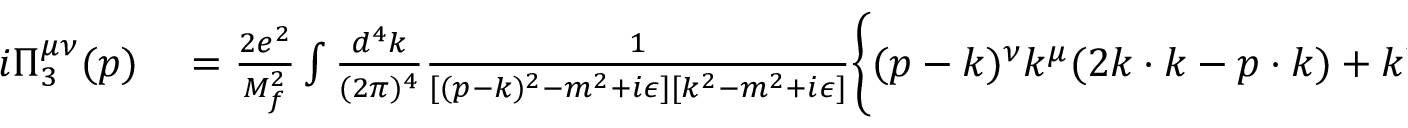
\begin{array} { r l } { i \Pi _ { 3 } ^ { \mu \nu } ( p ) } & { { } = \frac { 2 e ^ { 2 } } { M _ { f } ^ { 2 } } \int \frac { d ^ { 4 } k } { ( 2 \pi ) ^ { 4 } } \frac { 1 } { [ ( p - k ) ^ { 2 } - m ^ { 2 } + i \epsilon ] [ k ^ { 2 } - m ^ { 2 } + i \epsilon ] } \biggl \{ ( p - k ) ^ { \nu } k ^ { \mu } ( 2 k \cdot k - p \cdot k ) + k ^ { \nu } k ^ { \mu } [ 2 k \cdot ( p - k ) - p \cdot ( p - k ) ] + } \end{array}